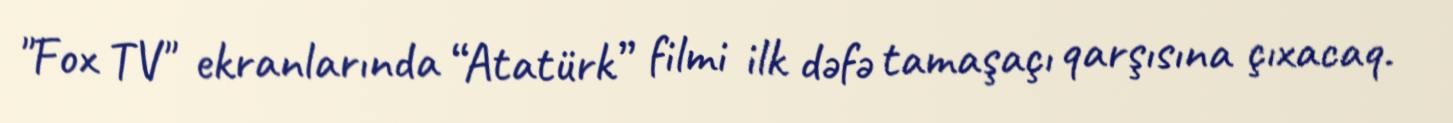
"Fox TV" ekranlarında “Atatürk” filmi ilk dəfə tamaşaçı qarşısına çıxacaq.